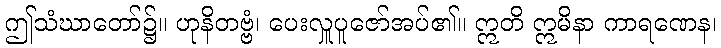
ဤသံဃာတော်၌။ ဟုနိတဗ္ဗံ၊ ပေးလှူပူဇော်အပ်၏။ ဣတိ ဣမိနာ ကာရဏေန၊